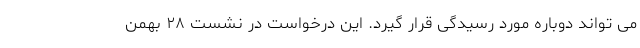
می تواند دوباره مورد رسیدگی قرار گیرد. این درخواست در نشست ۲۸ بهمن